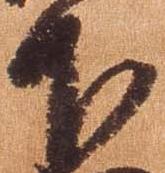
下